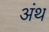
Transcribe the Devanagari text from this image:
अंथ